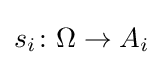
s_{i}\colon \Omega \rightarrow A_{i}